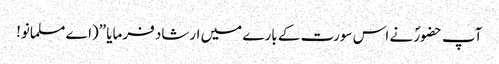
آپ حضورؐ نے اس سورت کے بارے میں ارشاد فرمایا ”(اے مسلمانو!